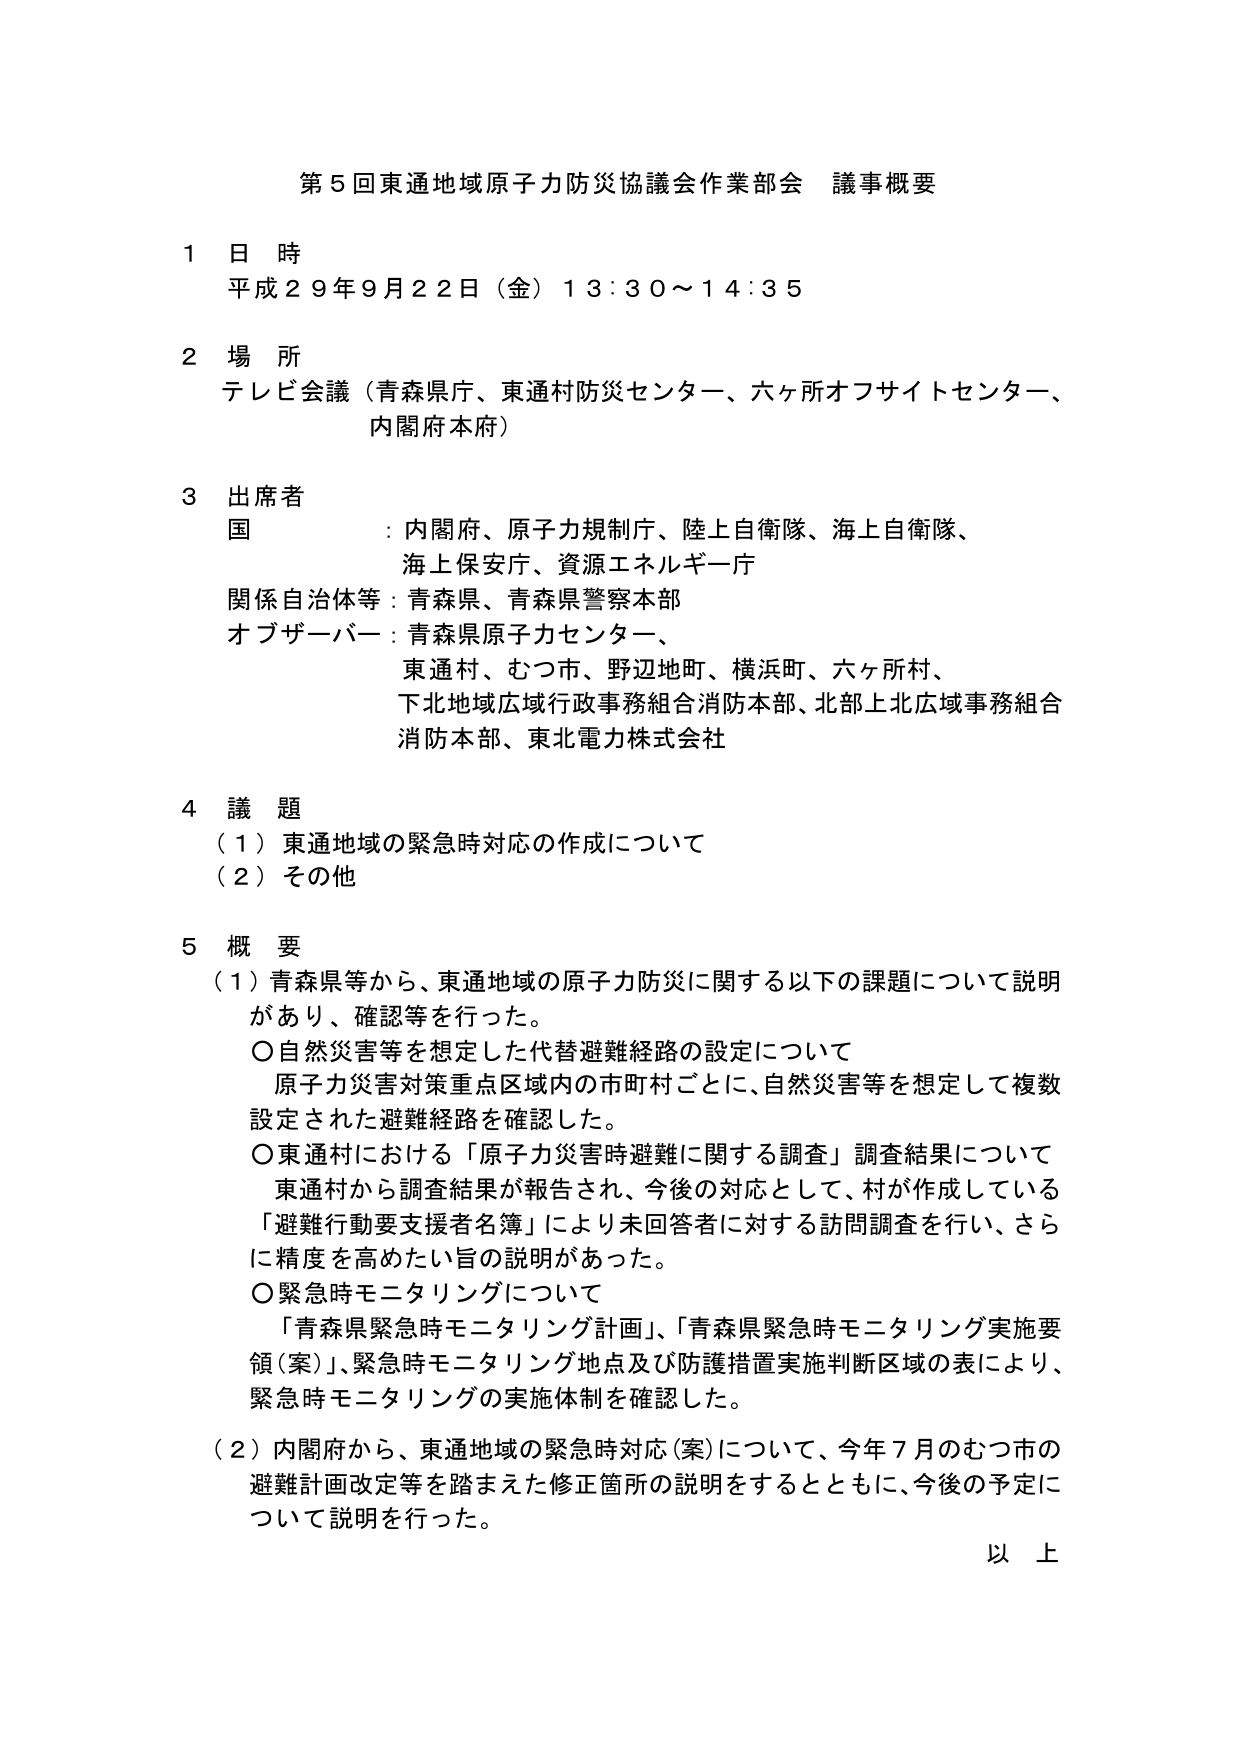
第５回東通地域原子力防災協議会作業部会 議事概要

１ 日 時
平成２９年９月２２日（金）１３：３０～１４：３５

２ 場 所
テレビ会議（青森県庁、東通村防災センター、六ヶ所オフサイトセンター、内閣府本府）

３ 出席者
国 ：内閣府、原子力規制庁、陸上自衛隊、海上自衛隊、海上保安庁、資源エネルギー庁
関係自治体等：青森県、青森県警察本部
オブザーバー：青森県原子力センター、東通村、むつ市、野辺地町、横浜町、六ヶ所村、下北地域広域行政事務組合消防本部、北部上北広域事務組合消防本部、東北電力株式会社

４ 議 題
（１）東通地域の緊急時対応の作成について
（２）その他

５ 概 要
（１）青森県等から、東通地域の原子力防災に関する以下の課題について説明があり、確認等を行った。
　○自然災害等を想定した代替避難経路の設定について
　　原子力災害対策重点区域内の市町村ごとに、自然災害等を想定して複数設定された避難経路を確認した。
　○東通村における「原子力災害時避難に関する調査」調査結果について
　　東通村から調査結果が報告され、今後の対応として、村が作成している「避難行動要支援者名簿」により未回答者に対する訪問調査を行い、さらに精度を高めたい旨の説明があった。
　○緊急時モニタリングについて
　　「青森県緊急時モニタリング計画」、「青森県緊急時モニタリング実施要領（案）」、緊急時モニタリング地点及び防護措置実施判断区域の表により、緊急時モニタリングの実施体制を確認した。
（２）内閣府から、東通地域の緊急時対応（案）について、今年７月のむつ市の避難計画改定等を踏まえた修正箇所の説明をするとともに、今後の予定について説明を行った。

以上